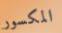
المكسور